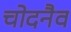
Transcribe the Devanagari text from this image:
चोदनैव